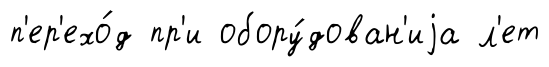
п'ер'ехо́д пр'и обору́дован'иjа л'ет